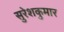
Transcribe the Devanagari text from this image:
सुरेशकुमार